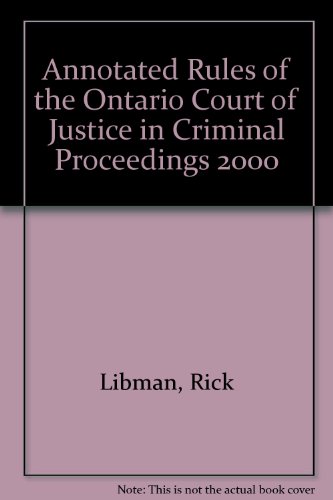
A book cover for Annotated Rules of the Ontario Court of Justice in Criminal Proceedings 2000; Rick Libman; Law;